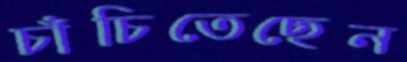
চাঁচিতেছেন